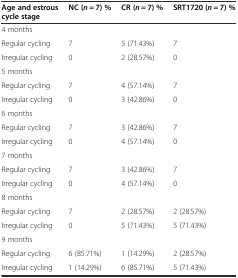
| Age and estrous cycle stage | NC (n = 7) % | CR (n = 7) % | SRT1720 (n = 7) % |
 | --- | --- | --- | --- |
 | 4 months |  |  |  |
 | Regular cycling | 7 | 5 (71.43%) | 7 |
 | Irregular cycling | 0 | 2 (28.57%) | 0 |
 | 5 months |  |  |  |
 | Regular cycling | 7 | 4 (57.14%) | 7 |
 | Irregular cycling | 0 | 3 (42.86%) | 0 |
 | 6 months |  |  |  |
 | Regular cycling | 7 | 3 (42.86%) | 7 |
 | Irregular cycling | 0 | 4 (57.14%) | 0 |
 | 7 months |  |  |  |
 | Regular cycling | 7 | 3 (42.86%) | 7 |
 | Irregular cycling | 0 | 4 (57.14%) | 0 |
 | 8 months |  |  |  |
 | Regular cycling | 7 | 2 (28.57%) | 2 (28.57%) |
 | Irregular cycling | 0 | 5 (71.43%) | 5 (71.43%) |
 | 9 months |  |  |  |
 | Regular cycling | 6 (85.71%) | 1 (14.29%) | 2 (28.57%) |
 | Irregular cycling | 1 (14.29%) | 6 (85.71%) | 5 (71.43%) |